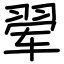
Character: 翚